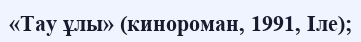
«Тау ұлы» (кинороман, 1991, Іле);